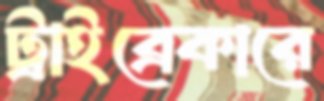
ট্রাইব্রেকারে